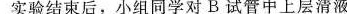
实验结束后，小组同学对B试管中上层清液